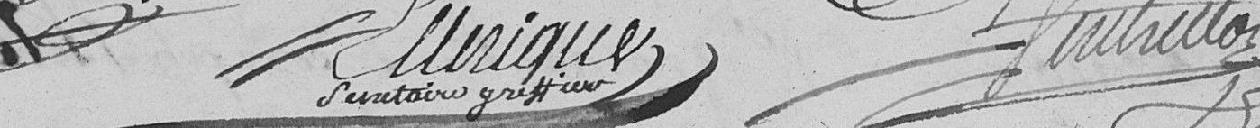
Ellerique Ventrillon